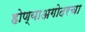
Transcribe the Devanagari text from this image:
होण्याअगोदरचा